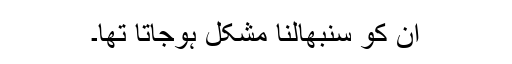
ان کو سنبھالنا مشکل ہوجاتا تھا۔